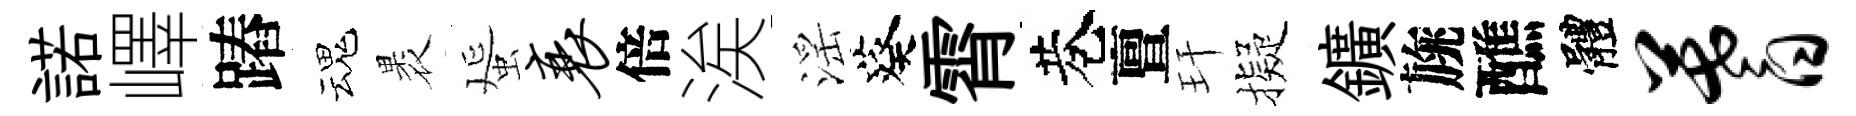
諾嶧蹖魂褁蜑衰倍涘滛葵霄巷亶玕擬鑛旐醮體蓍